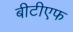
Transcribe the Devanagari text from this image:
बीटीएफ